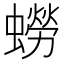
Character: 蟧